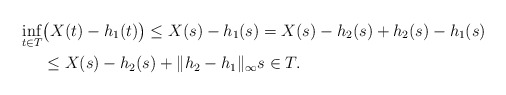
\begin{align*} \inf_{t\in T}&\bigl(X(t) - h_{1}(t)\bigr) \le X(s) - h_{1}(s) = X(s) -h_{2}(s) + h_{2}(s) - h_{1}(s)\\&\le X(s) - h_{2}(s) + \|h_{2}-h_{1}\|_{\infty} s\in T.\end{align*}